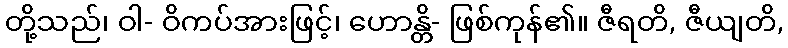
တို့သည်၊ ဝါ- ဝိကပ်အားဖြင့်၊ ဟောန္တိ- ဖြစ်ကုန်၏။ ဇီရတိ, ဇီယျတိ,